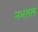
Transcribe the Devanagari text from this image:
नभतल